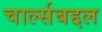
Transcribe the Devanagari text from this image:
चार्ल्सबद्दल